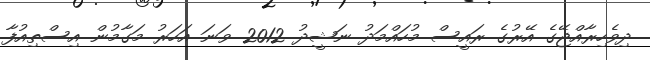
ދިވެހިރާއްޖޭގެ އޭރުގެ ރައީސް މުހައްމަދު ނަޝީދު 2012 ވަނަ އަހަރު މަގާމުން އިސްތިއުފާ